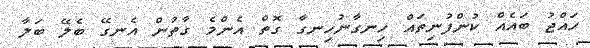
ހައްޖު ބައެއް ކުންފުނިތައް ހިނގާނުހިނގާ ގޮތް އެންމެ ގާތުން އެނގޭ ބެލޭ ބަލާ